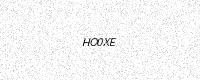
Text: HO0XE